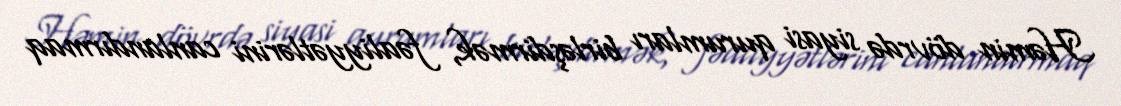
Həmin dövrdə siyasi qurumları birləşdirmək, fəaliyyətlərini canlandırmaq